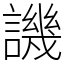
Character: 譏